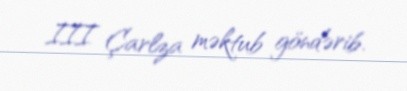
III Çarlza məktub göndərib.